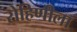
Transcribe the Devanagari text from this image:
रोहिणीला